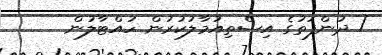
/ ދުންފަތުގެ އިސްތިއުމާލުކުރުން ހުއްޓާލުން